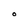
Character: O